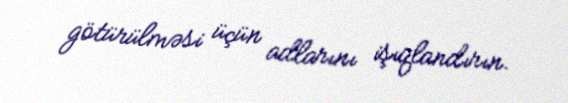
götürülməsi üçün adlarını işıqlandırın.